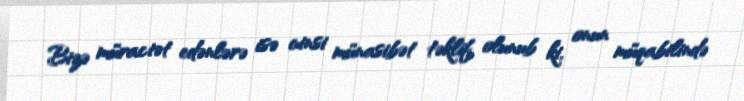
Bizə müraciət edənlərə isə cinsi münasibət təklif olunub ki, onun müqabilində